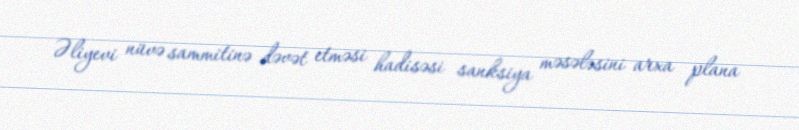
Əliyevi nüvə sammitinə dəvət etməsi hadisəsi sanksiya məsələsini arxa plana